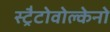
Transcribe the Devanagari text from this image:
स्ट्रैटोवोल्केनो